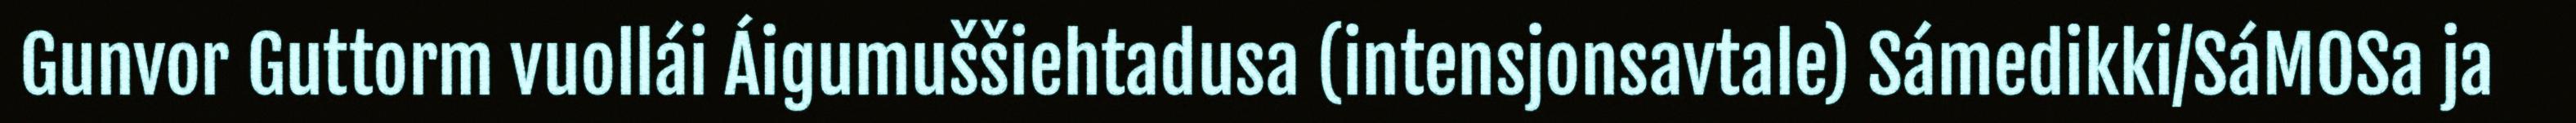
Gunvor Guttorm vuollái Áigumuššiehtadusa (intensjonsavtale) Sámedikki/SáMOSa ja